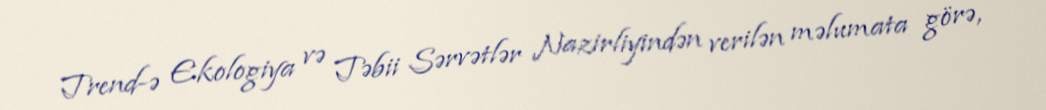
Trend-ə Ekologiya və Təbii Sərvətlər Nazirliyindən verilən məlumata görə,